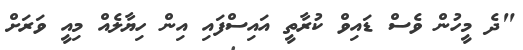
"ދެ މީހުން ވެސް ޑައިވް ކުރާތީ އައިސްފައި އިން ހިޔާލެއް މިއީ ވަރަށް